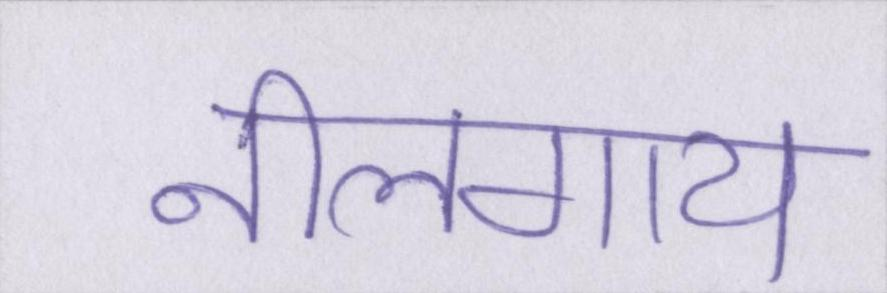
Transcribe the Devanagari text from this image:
नीलगाय